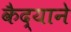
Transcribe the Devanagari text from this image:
कैद्याने